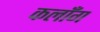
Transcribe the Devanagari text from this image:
कलाँग